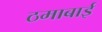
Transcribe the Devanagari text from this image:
ठमाबाई